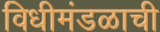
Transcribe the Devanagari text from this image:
विधीमंडळाची